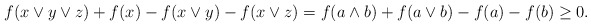
\begin{align*}f(x\vee y\vee z)+f(x)- f(x\vee y)-f(x\vee z)=f(a\wedge b)+ f(a\vee b)-f(a)-f(b)\ge0.\end{align*}